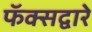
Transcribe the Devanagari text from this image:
फॅक्सद्वारे